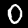
Digit: 0